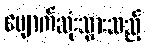
ပျောက်ဆုံးသွားသည့်